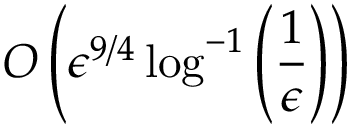
O \left( \epsilon ^ { 9 / 4 } \log ^ { - 1 } \left( \frac { 1 } { \epsilon } \right) \right)